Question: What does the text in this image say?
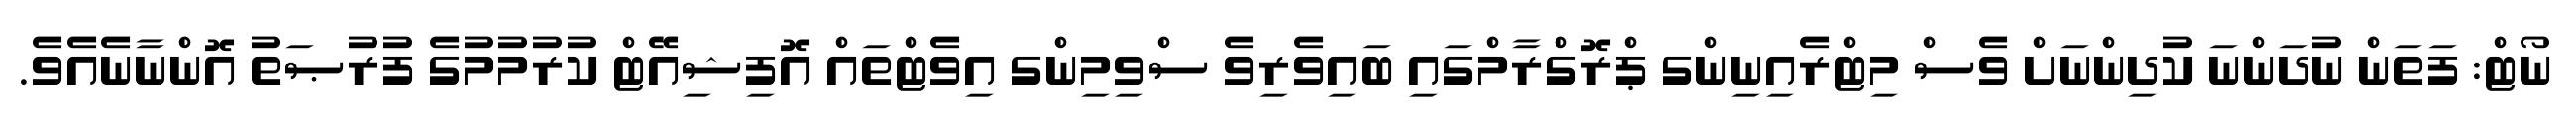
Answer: ނޯޓް: ފަތަން ނުދަންނަ ކުދިންނަށް ވެސް މިޓްރެއިނިންގ ޕްރޮގްރާމްގައި ބައިވެރިވެ ސްވިމިންގ އިވެޓްތައް އޮފިޝިއޭޓް ކުރުމުމުގެ ފުރުޞަތު އޮންނާނެއެވެ.